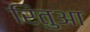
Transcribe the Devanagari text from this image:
रितुआ